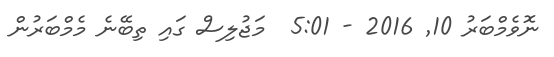
ނޮވެމްބަރު 10